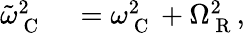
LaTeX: \begin{array}{rl}{\tilde{\omega}_{\mathrm{~C~}}^{2}}&{{}=\omega_{\mathrm{~C~}}^{2}+\Omega_{\mathrm{~R~}}^{2},}\end{array}